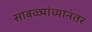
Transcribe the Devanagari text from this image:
साबळ्यांच्यानंतर